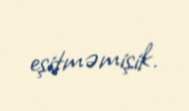
eşitməmişik.